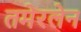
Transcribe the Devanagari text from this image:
तमेरलेन